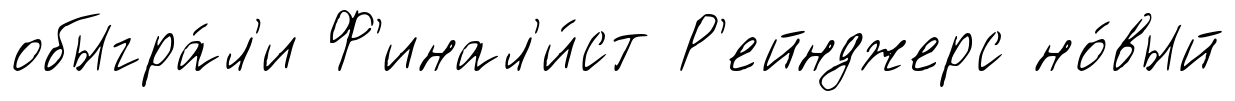
обыгра́л'и Ф'инал'и́ст Р'ейнджерс но́вый